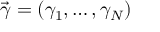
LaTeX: { \vec { \gamma } } = ( \gamma _ { 1 } , \ldots , \gamma _ { N } )